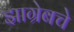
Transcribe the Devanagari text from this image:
झाग्रेबचे